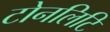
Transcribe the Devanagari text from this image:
टोनलिटि